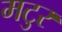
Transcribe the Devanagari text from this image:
मटुर